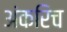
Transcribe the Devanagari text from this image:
अंकरिच